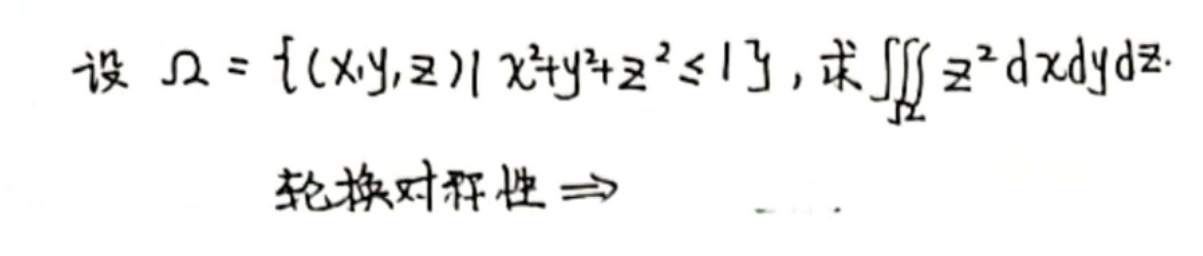
设 \(\Omega = \{ (x,y,z) | x^{2}+y^{2}+z^{2} \leq 1 \}\)，求 \(\iiint_{\Omega} z^{2} \, dxdy dz\).

轮换对称性 \(\Rightarrow\)